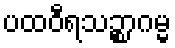
ပထဝီရသဉ္စာဂမ္မ